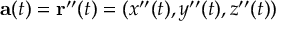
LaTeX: \mathbf { a } ( t ) = \mathbf { r } ^ { \prime \prime } ( t ) = ( x ^ { \prime \prime } ( t ) , y ^ { \prime \prime } ( t ) , z ^ { \prime \prime } ( t ) )